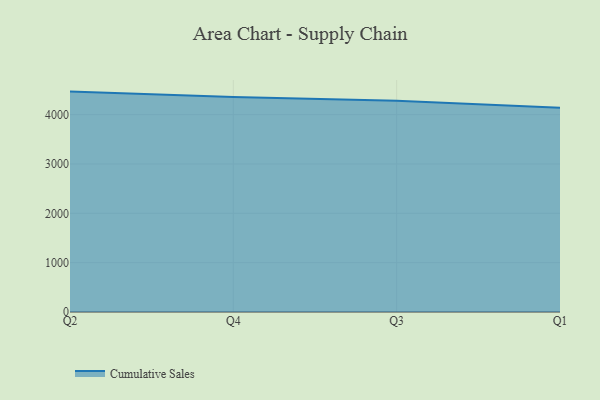
{"axis": {"x": "Quarter", "y": "LTV (USD)"}, "legend": ["Cumulative Sales"], "data": [{"x": "Q2", "y": 4467.6, "type": "Cumulative Sales"}, {"x": "Q4", "y": 4360.3, "type": "Cumulative Sales"}, {"x": "Q3", "y": 4281.2, "type": "Cumulative Sales"}, {"x": "Q1", "y": 4141.9, "type": "Cumulative Sales"}]}